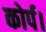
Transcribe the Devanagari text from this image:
कोर्प।